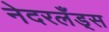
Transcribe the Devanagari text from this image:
नेदरलँड्‌स